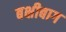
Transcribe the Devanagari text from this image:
बक्षीबाग